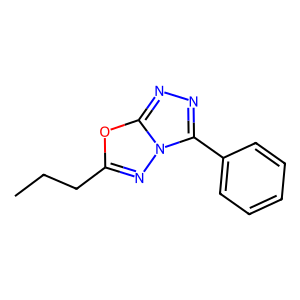
SMILES: CCCc1nn2c(-c3ccccc3)nnc2o1
Inhibits HIV replication: No